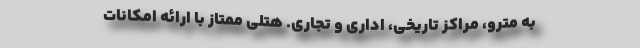
به مترو، مراکز تاریخی، اداری و تجاری. هتلی ممتاز با ارائه امکانات